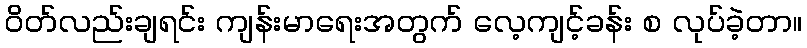
ဝိတ်လည်းချရင်း ကျန်းမာရေးအတွက် လေ့ကျင့်ခန်း စ လုပ်ခဲ့တာ။